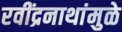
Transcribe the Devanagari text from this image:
रवींद्रनाथांमुळे